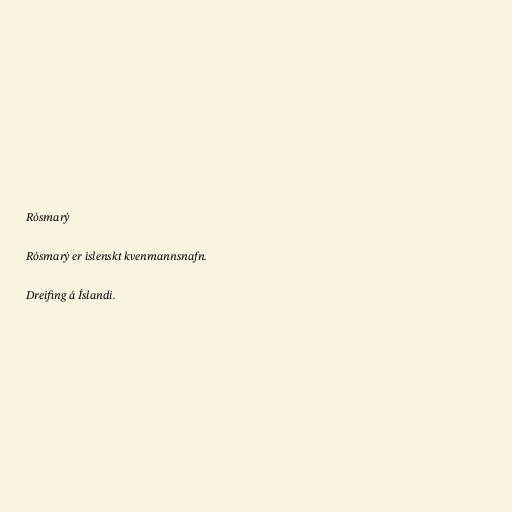
Rósmarý

Rósmarý er íslenskt kvenmannsnafn.

Dreifing á Íslandi.